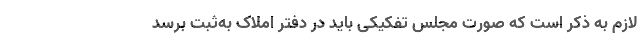
لازم به ذکر است که صورت مجلس تفکیکی باید در دفتر املاک به‌ثبت برسد